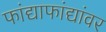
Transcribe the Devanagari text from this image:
फांद्याफांद्यांवर